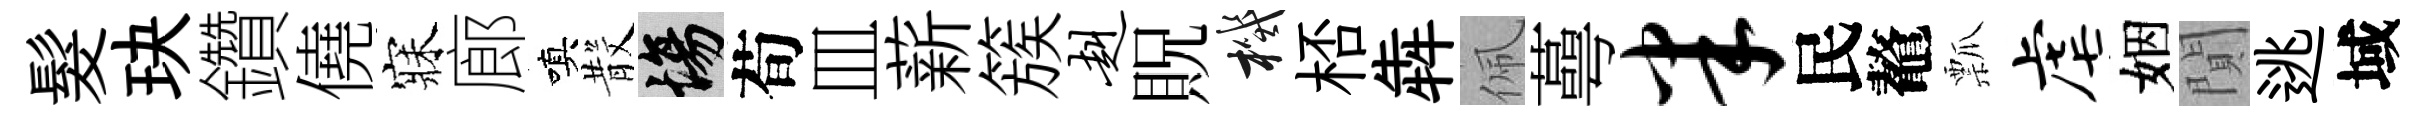
髮玦鑽僥寐廊嗔𣪚場荀皿薪簇赳貺機桮犇佩蕚半民鼇瓢虐姻閴逃域